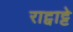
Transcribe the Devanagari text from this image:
राट्वाट्टे